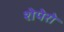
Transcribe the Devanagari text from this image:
शेपेरो